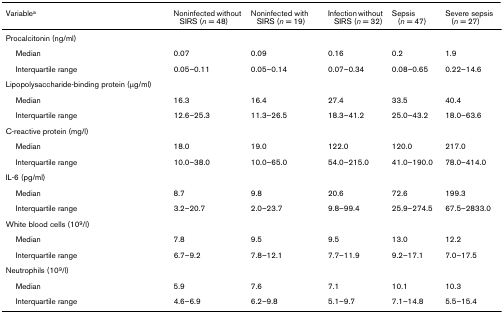
<table><thead><tr><td><b>Variable<sup>a</sup></b></td><td><b>Noninfected without SIRS (<i>n </i>= 48)</b></td><td><b>Noninfected with SIRS (<i>n </i>= 19)</b></td><td><b>Infection without SIRS (<i>n </i>= 32)</b></td><td><b>Sepsis(<i>n </i>= 47)</b></td><td><b>Severe sepsis(<i>n </i>= 27)</b></td></tr></thead><tbody><tr><td>Procalcitonin (ng/ml)</td><td></td><td></td><td></td><td></td><td></td></tr><tr><td> Median</td><td>0.07</td><td>0.09</td><td>0.16</td><td>0.2</td><td>1.9</td></tr><tr><td> Interquartile range</td><td>0.05–0.11</td><td>0.05–0.14</td><td>0.07–0.34</td><td>0.08–0.65</td><td>0.22–14.6</td></tr><tr><td>Lipopolysaccharide-binding protein (μg/ml)</td><td></td><td></td><td></td><td></td><td></td></tr><tr><td> Median</td><td>16.3</td><td>16.4</td><td>27.4</td><td>33.5</td><td>40.4</td></tr><tr><td> Interquartile range</td><td>12.6–25.3</td><td>11.3–26.5</td><td>18.3–41.2</td><td>25.0–43.2</td><td>18.0–63.6</td></tr><tr><td>C-reactive protein (mg/l)</td><td></td><td></td><td></td><td></td><td></td></tr><tr><td> Median</td><td>18.0</td><td>19.0</td><td>122.0</td><td>120.0</td><td>217.0</td></tr><tr><td> Interquartile range</td><td>10.0–38.0</td><td>10.0–65.0</td><td>54.0–215.0</td><td>41.0–190.0</td><td>78.0–414.0</td></tr><tr><td>IL-6 (pg/ml)</td><td></td><td></td><td></td><td></td><td></td></tr><tr><td> Median</td><td>8.7</td><td>9.8</td><td>20.6</td><td>72.6</td><td>199.3</td></tr><tr><td> Interquartile range</td><td>3.2–20.7</td><td>2.0–23.7</td><td>9.8–99.4</td><td>25.9–274.5</td><td>67.5–2833.0</td></tr><tr><td>White blood cells (10<sup>9</sup>/l)</td><td></td><td></td><td></td><td></td><td></td></tr><tr><td> Median</td><td>7.8</td><td>9.5</td><td>9.5</td><td>13.0</td><td>12.2</td></tr><tr><td> Interquartile range</td><td>6.7–9.2</td><td>7.8–12.1</td><td>7.7–11.9</td><td>9.2–17.1</td><td>7.0–17.5</td></tr><tr><td>Neutrophils (10<sup>9</sup>/l)</td><td></td><td></td><td></td><td></td><td></td></tr><tr><td> Median</td><td>5.9</td><td>7.6</td><td>7.1</td><td>10.1</td><td>10.3</td></tr><tr><td> Interquartile range</td><td>4.6–6.9</td><td>6.2–9.8</td><td>5.1–9.7</td><td>7.1–14.8</td><td>5.5–15.4</td></tr></tbody></table>